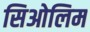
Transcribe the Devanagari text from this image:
सिओलिम